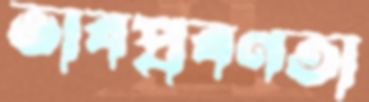
ভাবপ্রবণতা